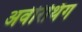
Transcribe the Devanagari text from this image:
अवेरिथिंग